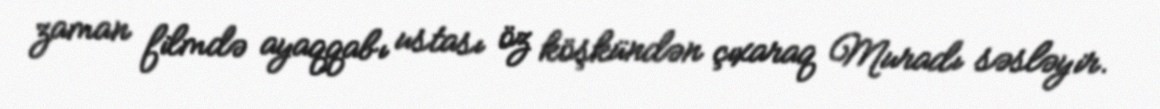
zaman filmdə ayaqqabı ustası öz köşkündən çıxaraq Muradı səsləyir.